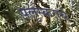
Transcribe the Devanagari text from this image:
पलुस्करांचे